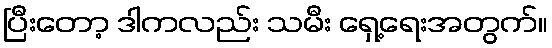
ပြီးတော့ ဒါကလည်း သမီး ရှေ့ရေးအတွက်။